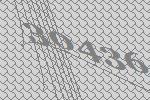
30436